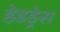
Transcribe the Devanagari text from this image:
हेडड्रेस